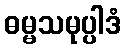
ဓမ္မသမုပ္ပါဒံ